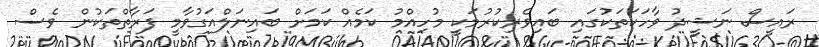
ރައީސް ނަޝީދު ވާހަކަތަކުގައި ބައިވެރިކުރުމަކީ މުހިއްމު ކަމެއް ކަމަށް ބައިނަލްއަގުވާމީ ފަރާތްތަކުން ވެސް